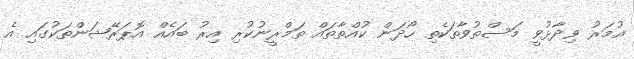
އުމަރު ވިދާޅުވީ މަސްތުވާތަކެތި ހޯދަން ކުއްތާތައް ތަމްރީނުކުރި އިރު ބައެއް އޮޕަރޭޝަންތަކުގައި އެ